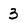
Character: 3